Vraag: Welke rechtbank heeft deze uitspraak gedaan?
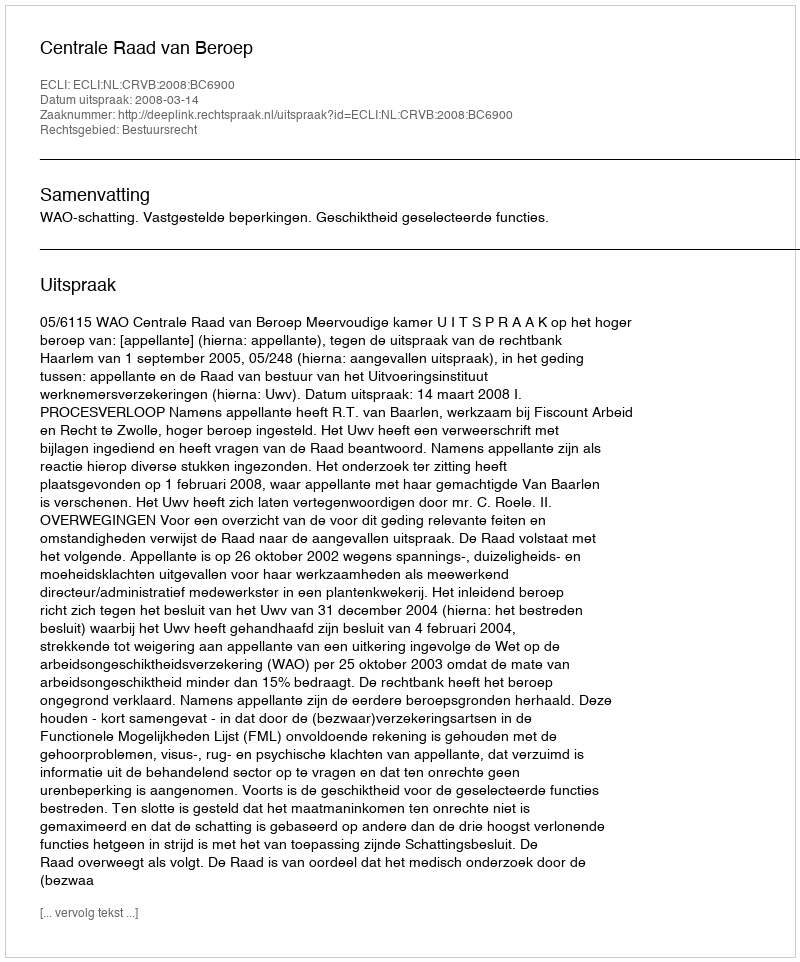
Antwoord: Centrale Raad van Beroep